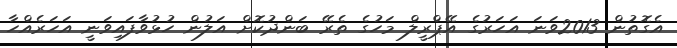
އެގޮތުން 2013ވަނަ އަހަރުގެ އޭޕްރީލް މަހުގެ ތެރޭ ބަންދުކޮށް އަލުން ހުޅުވާފައިވަނީ އަހަރެއްހާ